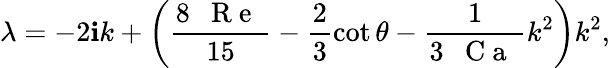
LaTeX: \lambda=-2\mathbf{i}k+\left(\frac{{8\mathrm{{~\textit{~}{~R~e~}~}}}}{{15}}-\frac{{2}}{{3}}\cot\theta-\frac{{1}}{{3\mathrm{{~\textit{~}{~C~a~}~}}}}k^{2}\right)k^{2},